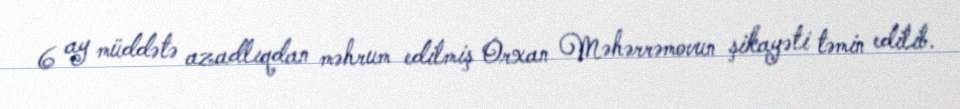
6 ay müddətə azadlıqdan məhrum edilmiş Orxan Məhərrəmovun şikayəti təmin edilib.